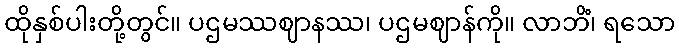
ထိုနှစ်ပါးတို့တွင်။ ပဌမဿဈာနဿ၊ ပဌမဈာန်ကို။ လာဘိံ၊ ရသော